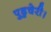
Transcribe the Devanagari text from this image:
पुडुचेरी।